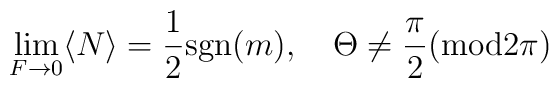
\lim_{F\to0}\langle N\rangle={1\over2}{\rm sgn}(m), \quad\Theta \neq \frac{\pi}{2} ({\rm mod} 2\pi)